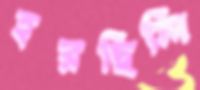
হরছিলি